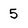
Character: 5